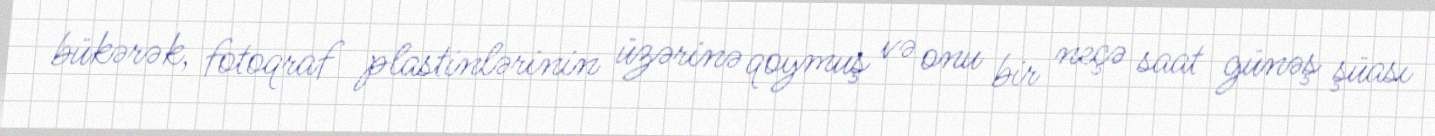
bükərək, fotoqraf plastinlərinin üzərinə qoymuş və onu bir neçə saat günəş şüası